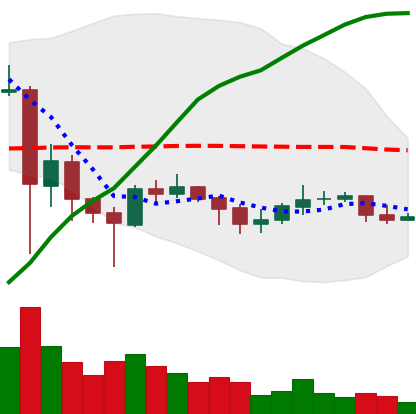
Ticker: XLM-USD
Chart end date: 2021-06-06
Forward return: -16.418%
Label: down_7plus